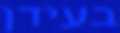
בעידן